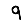
Digit: 9